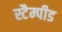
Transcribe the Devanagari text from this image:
स्टैम्पीड